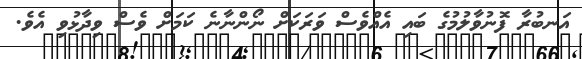
އަނބުރާ ފޮނުވާލުމުގެ ބައި އެއްވެސް ވަރަކަށް ނޯންނާނެ ކަމަށް ވެސް ވިދާޅުވި އެވެ.